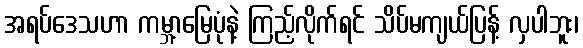
အရပ်ဒေသဟာ ကမ္ဘာ့မြေပုံနဲ့ ကြည့်လိုက်ရင် သိပ်မကျယ်ပြန့် လှပါဘူး၊